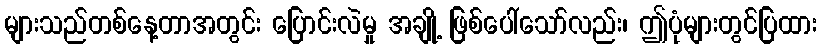
များသည်တစ်နေ့တာအတွင်း ပြောင်းလဲမှု အချို့ ဖြစ်ပေါ်သော်လည်း၊ ဤပုံများတွင်ပြထား